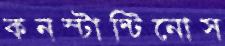
কনস্টান্টিনোস